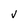
Character: v